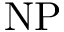
\mathrm { N P }